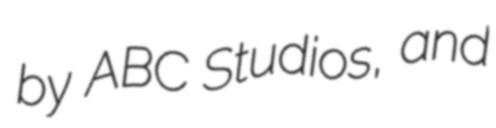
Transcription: by ABC Studios, and